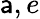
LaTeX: \mathsf{a},e